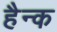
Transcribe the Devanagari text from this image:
हैन्क